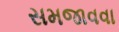
સમજાવવા